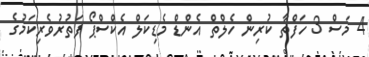
4 މަސް 3 ހަފްތާ ކުރިން ހެލްތް އެންޑް މެޑިކަލް އެކްސްޕޯ ފަތުރުވެރިކަމުގެ